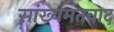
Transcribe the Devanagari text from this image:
सांख्यमतवाद